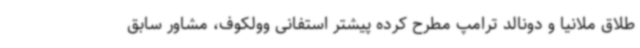
طلاق ملانیا و دونالد ترامپ مطرح کرده پیشتر استفانی وولکوف، مشاور سابق